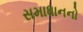
સમાધાનનો